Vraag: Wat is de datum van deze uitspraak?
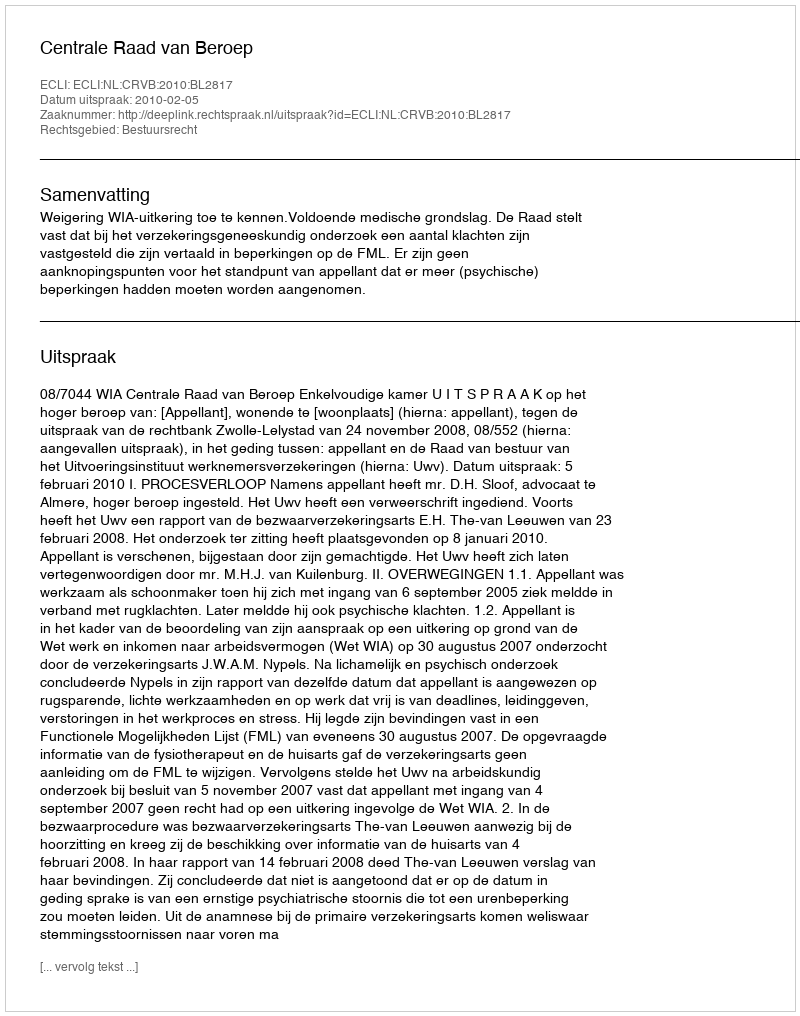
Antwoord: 2010-02-05